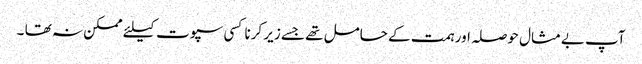
آپ بےمثال حوصلہ اور ہمت کے حامل تھے جسے زیر کرنا کسی سپوت کیلئے ممکن نہ تھا ۔